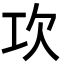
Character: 𣢈